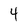
Character: 4